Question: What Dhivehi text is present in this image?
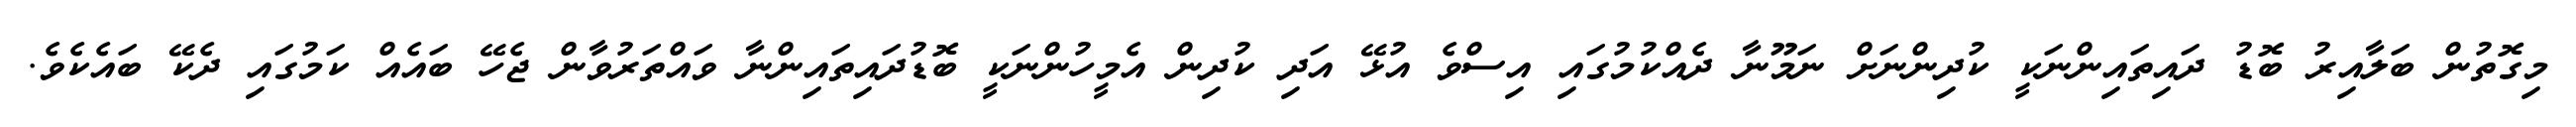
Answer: މިގޮތުން ބަލާއިރު ބޮޑު ދައިތައިންނަކީ ކުދިންނަށް ނަމޫނާ ދެއްކުމުގައި އިސްވެ އުޅޭ އަދި ކުދިން އެމީހުންނަކީ ބޮޑުދައިތައިންނާ ވައްތަރުވާން ޖެހޭ ބައެއް ކަމުގައި ދެކޭ ބައެކެވެ.